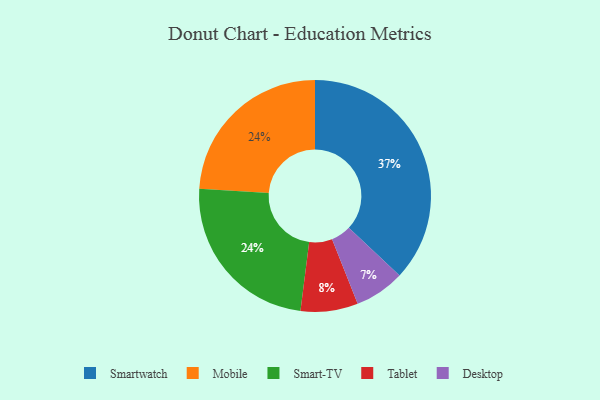
{"axis": {"x": "Category", "y": "Percentage"}, "legend": ["Desktop", "Mobile", "Smart-TV", "Smartwatch", "Tablet"], "data": [{"x": "Desktop", "y": 7, "type": "Desktop"}, {"x": "Tablet", "y": 8, "type": "Tablet"}, {"x": "Mobile", "y": 24, "type": "Mobile"}, {"x": "Smart-TV", "y": 24, "type": "Smart-TV"}, {"x": "Smartwatch", "y": 37, "type": "Smartwatch"}]}